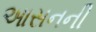
આસનની